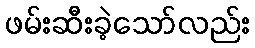
ဖမ်းဆီးခဲ့သော်လည်း